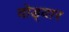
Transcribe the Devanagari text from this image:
वोड्यार